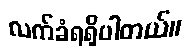
လက်ခံရရှိပါတယ်။